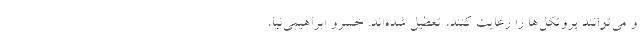
و می‌توانند پروتکل‌ها را رعایت کنند، تعطیل شده‌اند. خسرو ابراهیمی‌نیا،